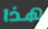
هذا